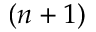
( n + 1 )